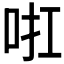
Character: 𠲞